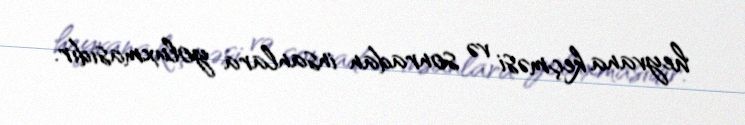
heyvana keçməsi və sonradan insanlara yoluxmasıdır.